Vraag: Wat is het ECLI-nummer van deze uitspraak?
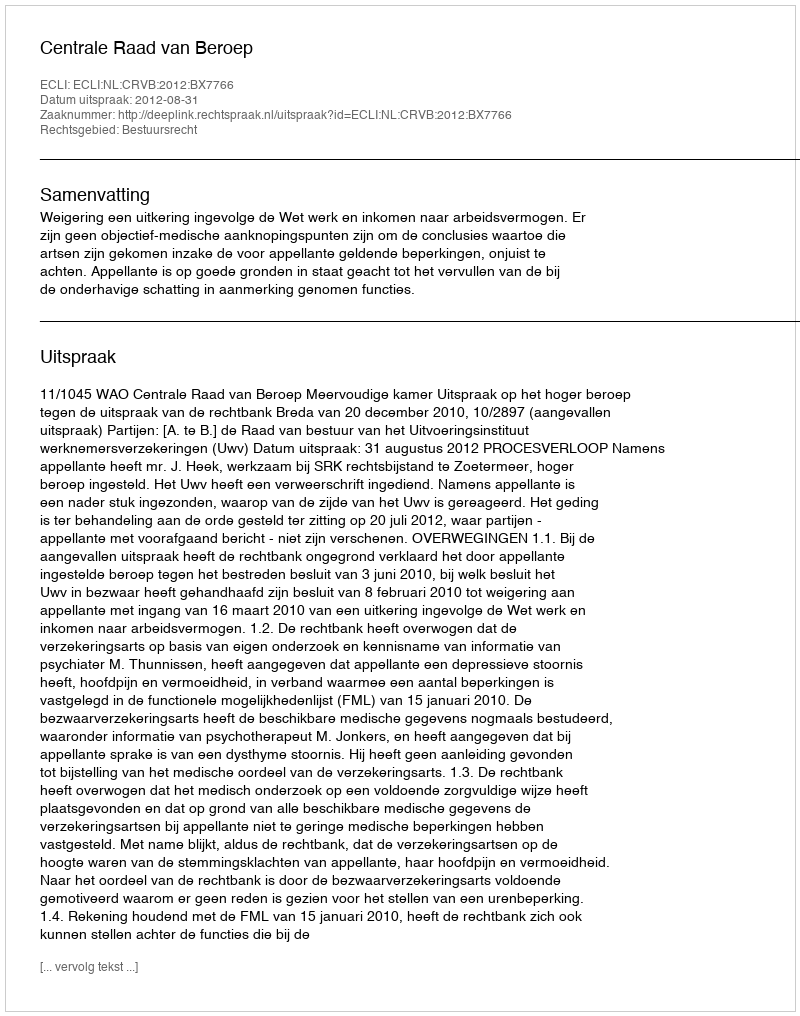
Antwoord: ECLI:NL:CRVB:2012:BX7766